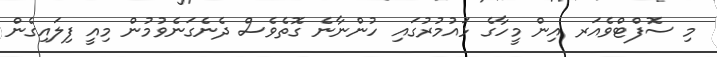
މި ސޮފްޓްވެއަރ އިން މީހާގެ ޅައުމުރުގައި ހުންނާނެ ގޮތެވެސް ދެނެގަނެވުމުން މިއީ ފިލައިގެން